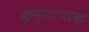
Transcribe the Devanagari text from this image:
कृष्णापाक